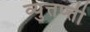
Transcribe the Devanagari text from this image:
व्युत्तप्त्ती